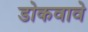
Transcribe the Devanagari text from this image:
डोकवावे